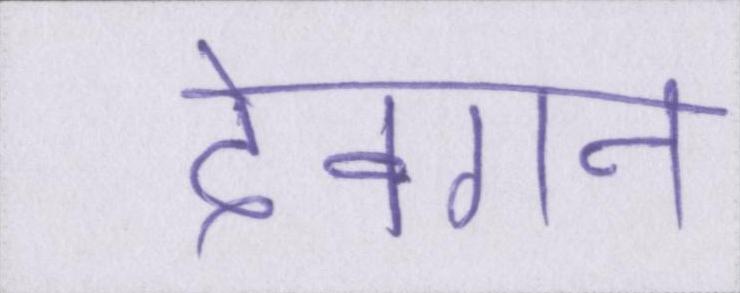
देवगन